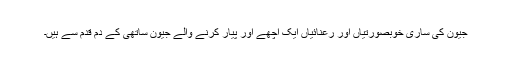
جیون کی ساری خوبصورتیاں اور رعنائیاں ایک اچھے اور پیار کرنے والے جیون ساتھی کے دم قدم سے ہیں۔